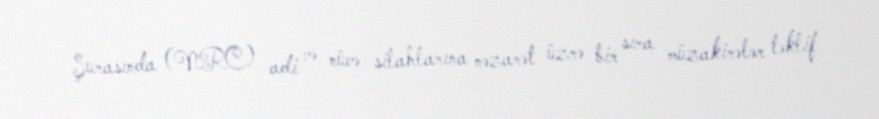
Şurasında (NRC) adi və nüvə silahlarına nəzarət üzrə bir sıra müzakirələr təklif